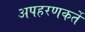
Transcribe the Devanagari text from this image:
अपहरणकर्ते